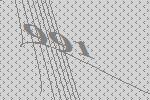
991